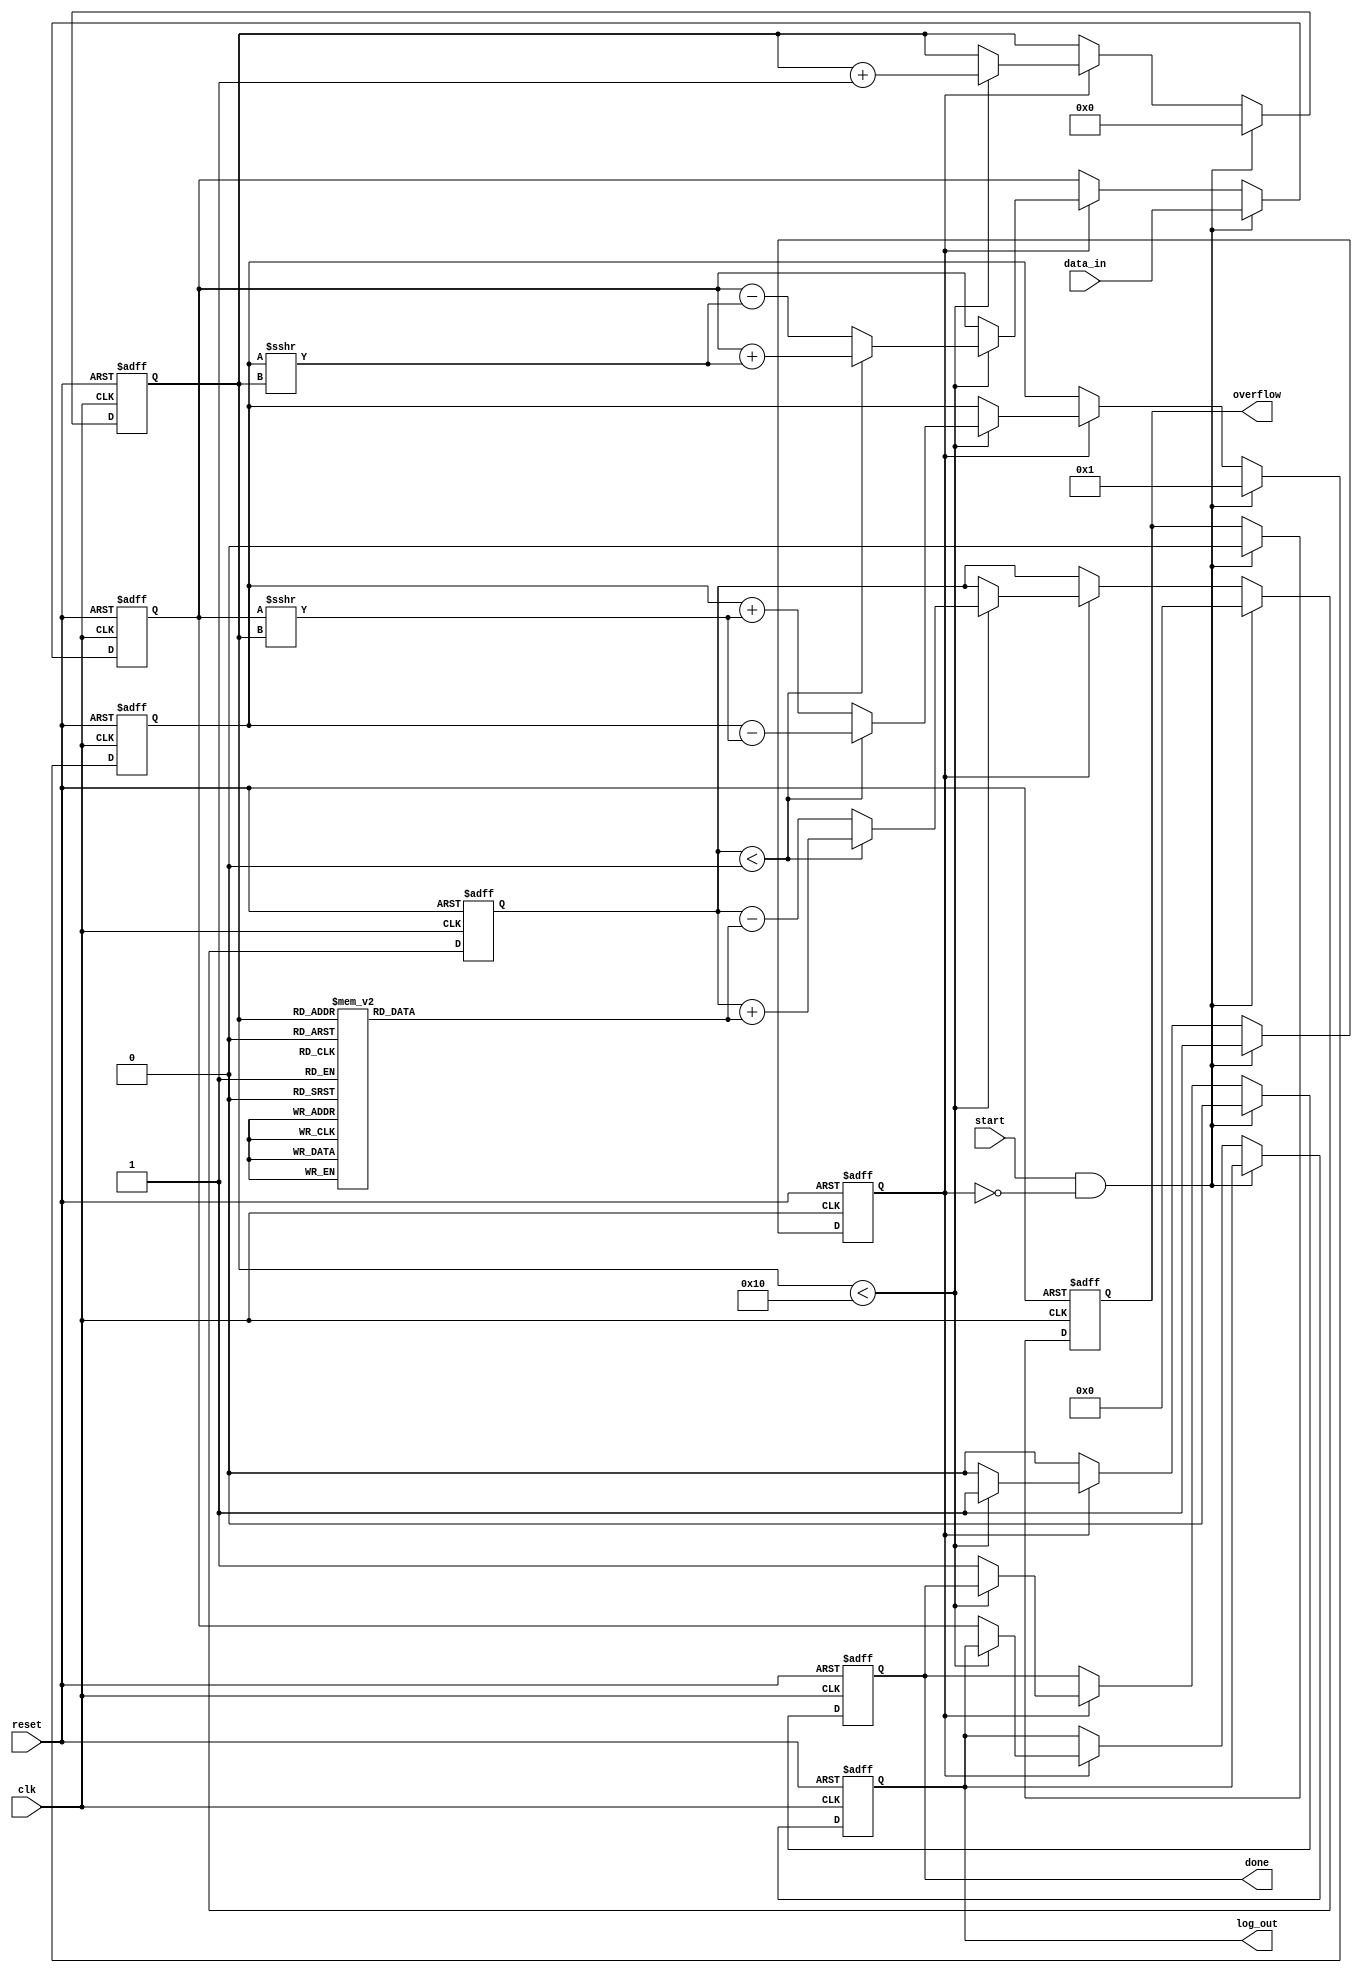
module cordic_logarithm (
    input wire clk,                // Clock signal
    input wire reset,              // Reset signal
    input wire start,              // Start signal for logarithm calculation
    input wire [15:0] data_in,     // Input data (normalized range [1, 2])
    output reg [15:0] log_out,      // Logarithm output
    output reg done,               // Output done flag
    output reg overflow            // Overflow flag
);

    // Parameters
    parameter MAX_ITERATIONS = 16;       // Number of CORDIC iterations
    parameter ANGLE_TABLE_SIZE = 16;      // Size of the angle lookup table

    // Angle lookup table (in radians, scaled for fixed-point)
    reg [15:0] angle_table [0:ANGLE_TABLE_SIZE-1];
    initial begin
        angle_table[0] = 16'h1C71; // atan(2^-0)
        angle_table[1] = 16'h1B73; // atan(2^-1)
        angle_table[2] = 16'h1A3C; // atan(2^-2)
        angle_table[3] = 16'h1874; // atan(2^-3)
        angle_table[4] = 16'h173F; // atan(2^-4)
        angle_table[5] = 16'h1627; // atan(2^-5)
        angle_table[6] = 16'h1541; // atan(2^-6)
        angle_table[7] = 16'h148D; // atan(2^-7)
        angle_table[8] = 16'h13D2; // atan(2^-8)
        angle_table[9] = 16'h1330; // atan(2^-9)
        angle_table[10] = 16'h12A0; // atan(2^-10)
        angle_table[11] = 16'h1220; // atan(2^-11)
        angle_table[12] = 16'h11A8; // atan(2^-12)
        angle_table[13] = 16'h113D; // atan(2^-13)
        angle_table[14] = 16'h10E0; // atan(2^-14)
        angle_table[15] = 16'h109B; // atan(2^-15)
    end

    // State variables
    reg [15:0] x, y, z;          // CORDIC variables (x, y, angle)
    reg [3:0] iteration_count;   // Iteration counter
    reg working;                 // Working state flag

    always @(posedge clk or posedge reset) begin
        if (reset) begin
            log_out <= 16'b0;
            done <= 1'b0;
            overflow <= 1'b0;
            iteration_count <= 4'b0;
            working <= 1'b0;
            x <= 16'd0;
            y <= 16'd0;
            z <= 16'd0;
        end
        else begin
            if (start && !working) begin
                // Initialization
                working <= 1'b1;
                iteration_count <= 4'b0;
                x <= data_in; // Input data
                y <= 16'd1;   // Initial y value for log calculation
                z <= 16'd0;   // Initial angle value
                done <= 1'b0;
                overflow <= 1'b0;
            end
            else if (working) begin
                if (iteration_count < MAX_ITERATIONS) begin
                    // CORDIC rotation logic
                    if (z < 0) begin
                        // Counter-clockwise rotation
                        x <= x + (y >>> iteration_count);
                        y <= y - (x >>> iteration_count);
                        z <= z + angle_table[iteration_count];
                    end
                    else begin
                        // Clockwise rotation
                        x <= x - (y >>> iteration_count);
                        y <= y + (x >>> iteration_count);
                        z <= z - angle_table[iteration_count];
                    end
                    iteration_count <= iteration_count + 1;
                end
                else begin
                    // Final output calculation (scaling factor adjustment)
                    log_out <= x; // Replace with actual log transform if needed
                    done <= 1'b1;
                    working <= 1'b0;
                end
            end
        end
    end

endmodule